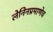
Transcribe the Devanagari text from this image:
लेनिनप्रमाणेच